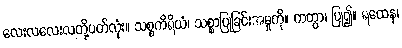
လေးလလေးလတို့ပတ်လုံး။ သစ္စကိရိယံ၊ သစ္စာပြုခြင်းအမှုကို။ ကတွာ၊ ပြု၍။ ရထေန၊